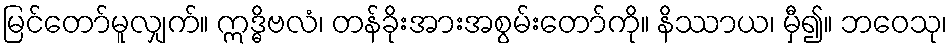
မြင်တော်မူလျှက်။ ဣဒ္ဓိဗလံ၊ တန်ခိုးအားအစွမ်းတော်ကို။ နိဿာယ၊ မှီ၍။ ဘဝေသု၊